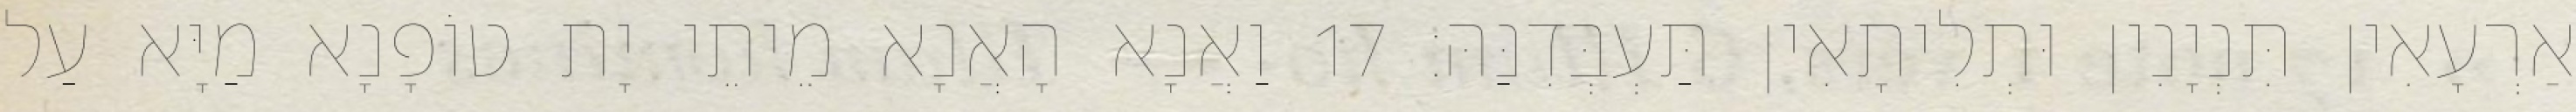
אַרְעָאִין תִּנְיָנִין וּתְלִיתָאִין תַּעְבְּדִנַּהּ׃ 17 וַאֲנָא הָאֲנָא מֵיתֵי יָת טוֹפָנָא מַיָּא עַל